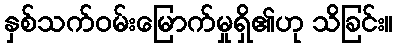
နှစ်သက်ဝမ်းမြောက်မှုရှိ၏ဟု သိခြင်း။